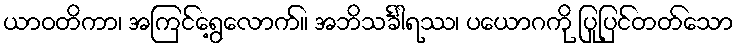
ယာဝတိကာ၊ အကြင်ရွေ့လောက်။ အဘိသင်္ခါရဿ၊ ပယောဂကို ပြုပြင်တတ်သော